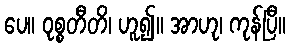
ပေ။ ဝုစ္စတီတိ၊ ဟူ၍။ အာဟု၊ ကုန်ပြီ။